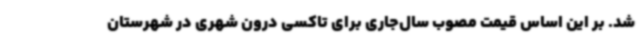
شد. بر این اساس قیمت مصوب سال‌جاری برای تاکسی درون شهری در شهرستان